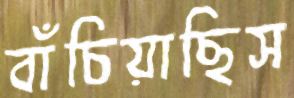
বাঁচিয়াছিস